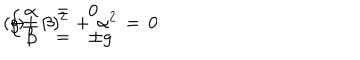
( g \pm \beta ) ^ { 2 } \, + \, \alpha ^ { 2 } \, = \, 0 \hspace { . 5 c m } \rightarrow \hspace { . 5 c m } \left\{ \begin{array} { l c l } { { \alpha } } & { { = } } & { { 0 } } \\ { { \beta } } & { { = } } & { { \pm g } } \\ \end{array} \right.